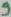
Text: 9